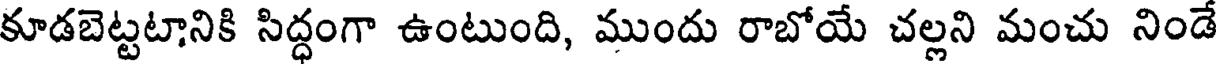
కూడబెట్టటానికి సిద్ధంగా ఉంటుంది, ముందు రాబోయే చల్లని మంచు నిండే